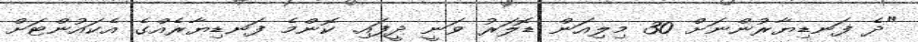
"ދެ ފަނޑިޔާރުންނަށް 30 މިލިއަން ޑޮލަރު ވަނީ ދީފައި. ކޮންމެ ފަނޑިޔާރެއްގެ އެކައުންޓަށް